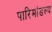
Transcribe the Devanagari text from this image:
पारिमांडल्य